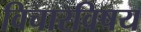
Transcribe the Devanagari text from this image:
विचारविषय